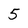
Character: 5